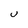
Character: U